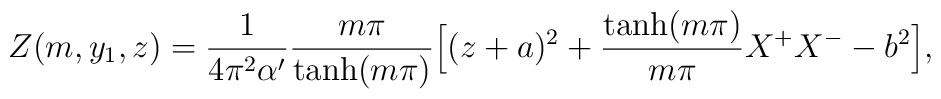
Z(m,y_1,z) = \frac{1}{4\pi^2\alpha'}\frac{m\pi}{\tanh(m\pi)} \Bigl[      (z+ a)^2 +\frac{\tanh(m\pi)}{m\pi}X^+X^-- b^2 \Bigr],